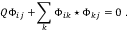
Q \Phi _ { i j } + \sum _ { k } \Phi _ { i k } \star \Phi _ { k j } = 0 \ .